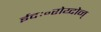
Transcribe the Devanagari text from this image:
ईदः॰रोय्दोन्